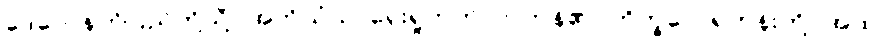
ဒေဝေ၊ နတ်ပြည်တို့သို့။ အဘိယံသု၊ ရှေးရှုတက်လာကုန်၏။ ဘိက္ခဝေ၊ ရဟန်းတို့။ အထ